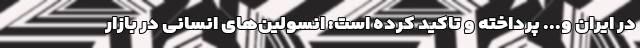
در ایران و... پرداخته و تاکید کرده است: انسولین‌های انسانی در بازار